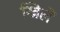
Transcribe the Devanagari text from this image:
खिलें